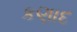
કણાદ